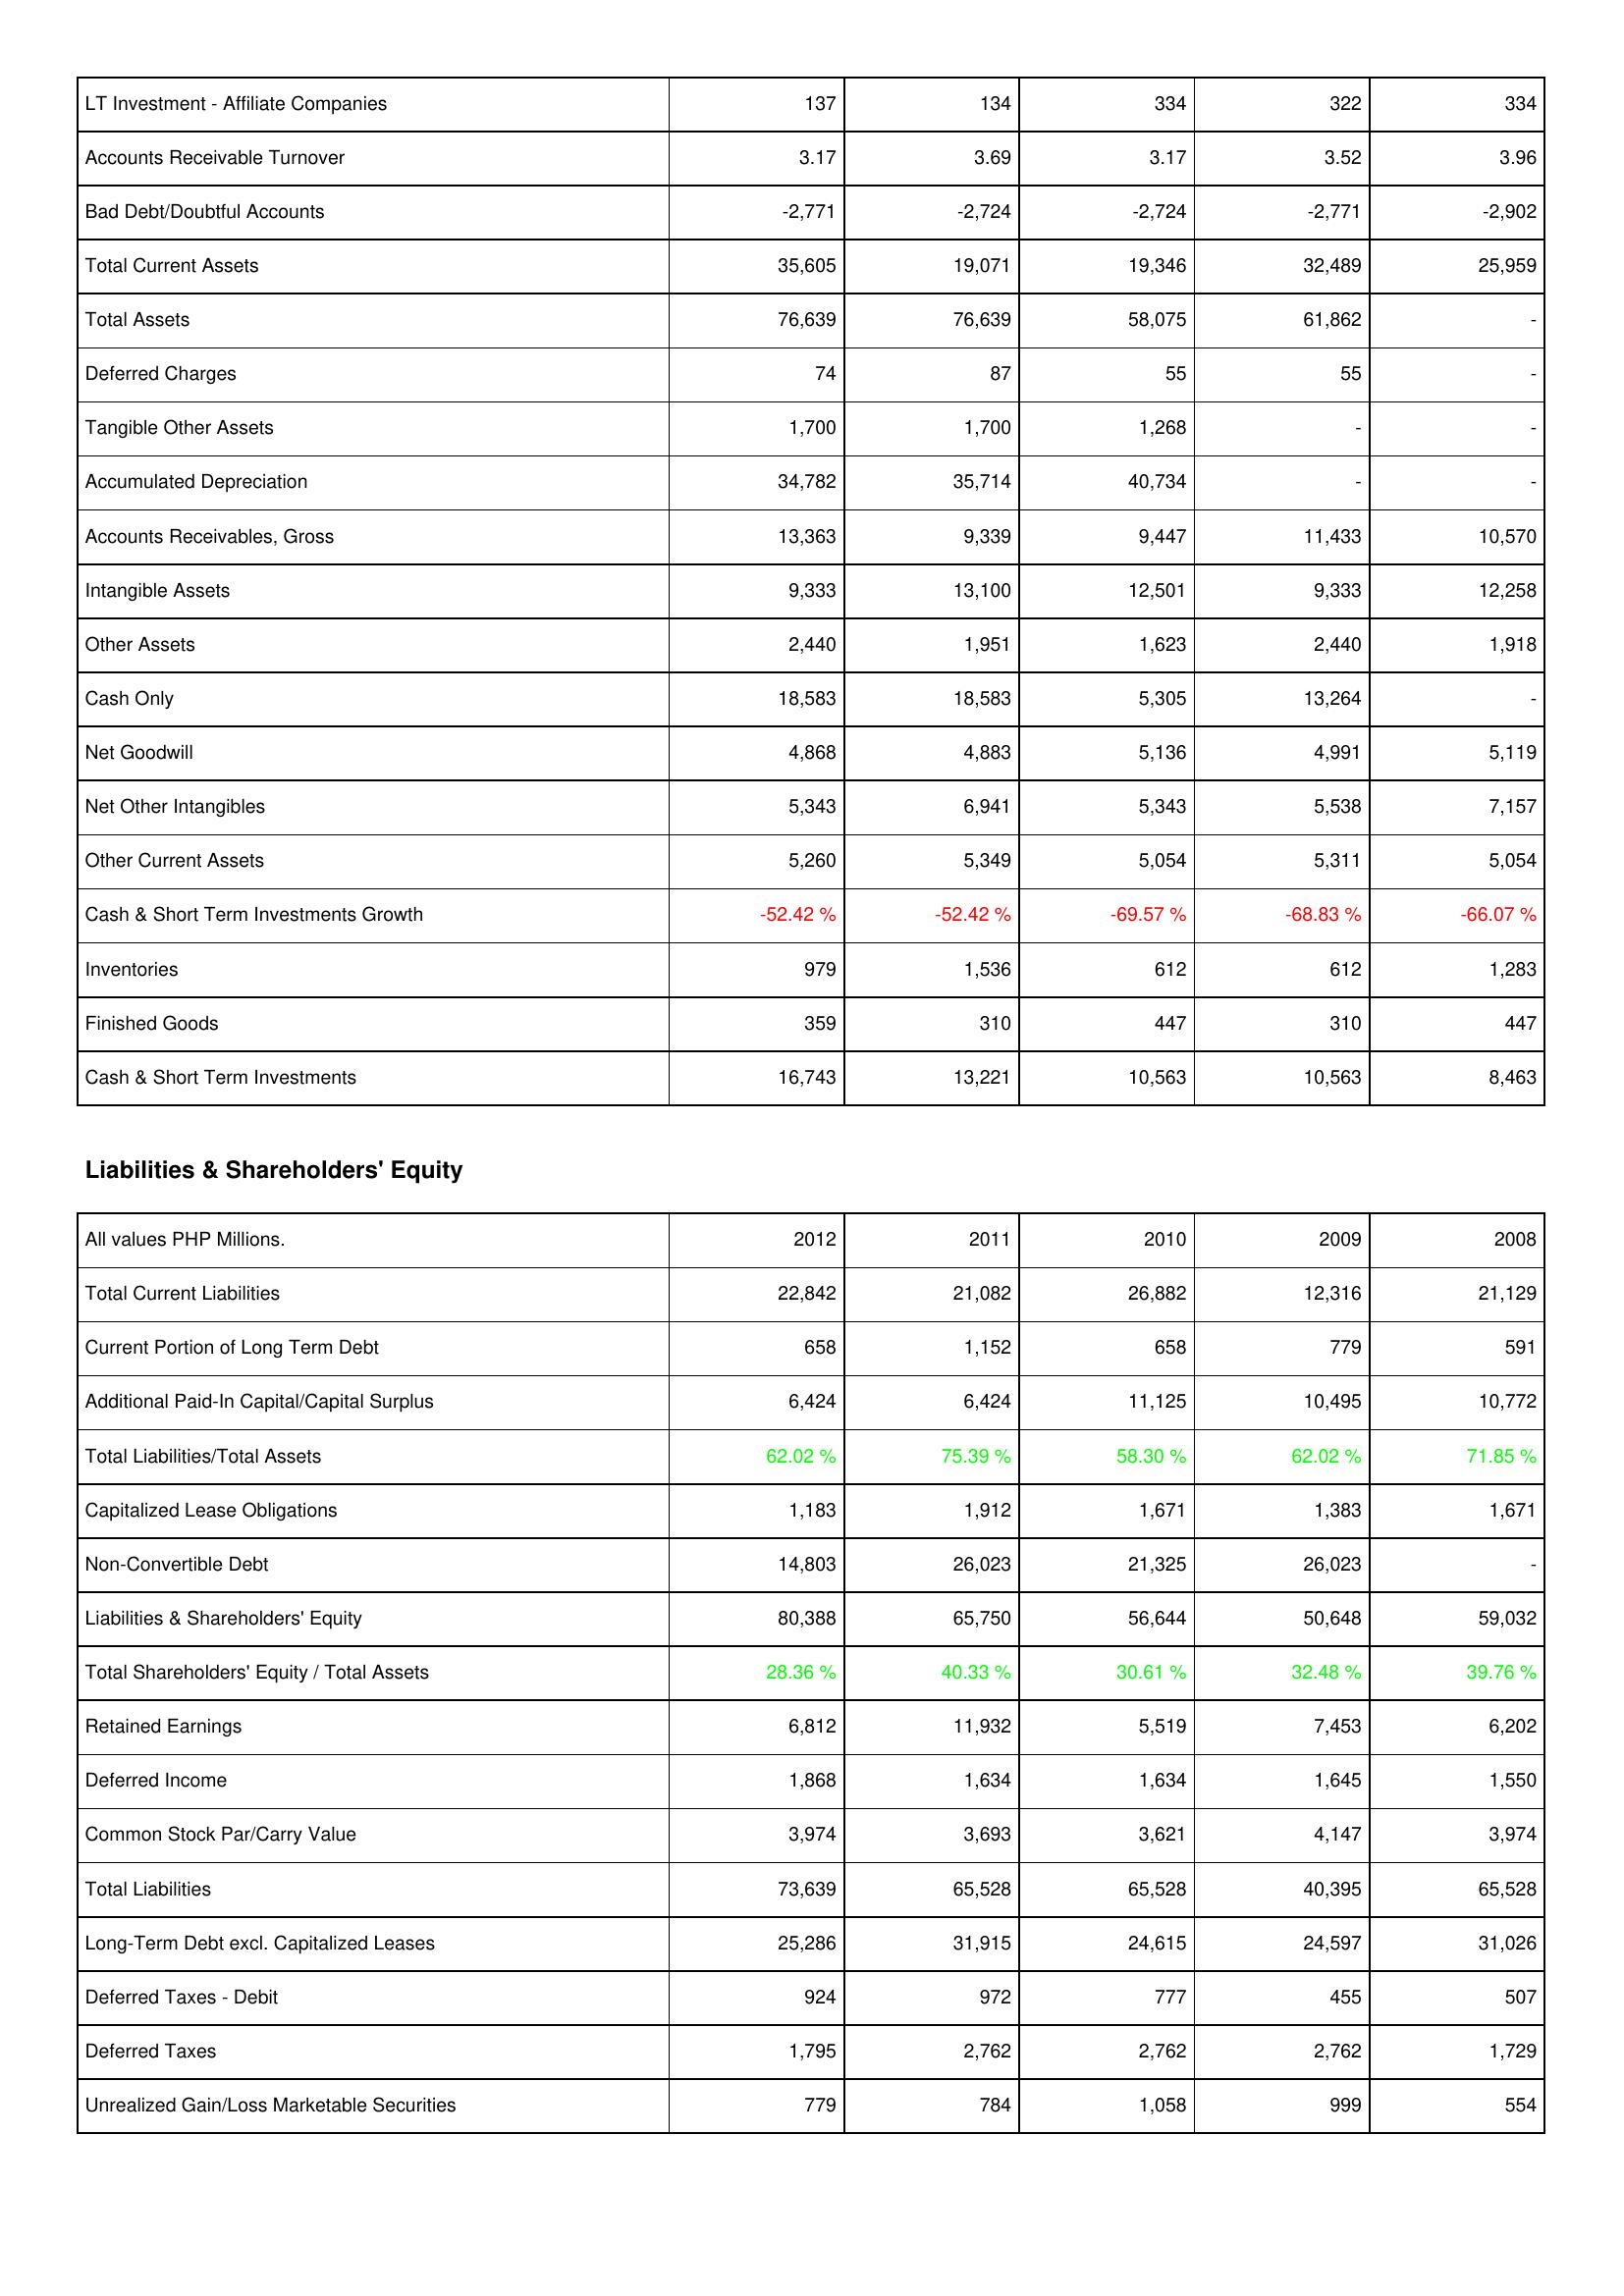
2012: Assets: LT Investment - Affiliate Companies: 137
Accounts Receivable Turnover: 3.17
Bad Debt/Doubtful Accounts: -2,771
Total Current Assets: 35,605
Total Assets: 76,639
Deferred Charges: 74
Tangible Other Assets: 1,700
Accumulated Depreciation: 34,782
Accounts Receivables, Gross: 13,363
Intangible Assets: 9,333
Other Assets: 2,440
Cash Only: 18,583
Net Goodwill: 4,868
Net Other Intangibles: 5,343
Other Current Assets: 5,260
Cash & Short Term Investments Growth: -52.42 %
Inventories: 979
Finished Goods: 359
Cash & Short Term Investments: 16,743
Liabilities & Shareholders' Equity: Total Current Liabilities: 22,842
Current Portion of Long Term Debt: 658
Additional Paid-In Capital/Capital Surplus: 6,424
Total Liabilities/Total Assets: 62.02 %
Capitalized Lease Obligations: 1,183
Non-Convertible Debt: 14,803
Liabilities & Shareholders' Equity: 80,388
Total Shareholders' Equity / Total Assets: 28.36 %
Retained Earnings: 6,812
Deferred Income: 1,868
Common Stock Par/Carry Value: 3,974
Total Liabilities: 73,639
Long-Term Debt excl. Capitalized Leases: 25,286
Deferred Taxes - Debit: 924
Deferred Taxes: 1,795
Unrealized Gain/Loss Marketable Securities: 779
2011: Assets: LT Investment - Affiliate Companies: 134
Accounts Receivable Turnover: 3.69
Bad Debt/Doubtful Accounts: -2,724
Total Current Assets: 19,071
Total Assets: 76,639
Deferred Charges: 87
Tangible Other Assets: 1,700
Accumulated Depreciation: 35,714
Accounts Receivables, Gross: 9,339
Intangible Assets: 13,100
Other Assets: 1,951
Cash Only: 18,583
Net Goodwill: 4,883
Net Other Intangibles: 6,941
Other Current Assets: 5,349
Cash & Short Term Investments Growth: -52.42 %
Inventories: 1,536
Finished Goods: 310
Cash & Short Term Investments: 13,221
Liabilities & Shareholders' Equity: Total Current Liabilities: 21,082
Current Portion of Long Term Debt: 1,152
Additional Paid-In Capital/Capital Surplus: 6,424
Total Liabilities/Total Assets: 75.39 %
Capitalized Lease Obligations: 1,912
Non-Convertible Debt: 26,023
Liabilities & Shareholders' Equity: 65,750
Total Shareholders' Equity / Total Assets: 40.33 %
Retained Earnings: 11,932
Deferred Income: 1,634
Common Stock Par/Carry Value: 3,693
Total Liabilities: 65,528
Long-Term Debt excl. Capitalized Leases: 31,915
Deferred Taxes - Debit: 972
Deferred Taxes: 2,762
Unrealized Gain/Loss Marketable Securities: 784
2010: Assets: LT Investment - Affiliate Companies: 334
Accounts Receivable Turnover: 3.17
Bad Debt/Doubtful Accounts: -2,724
Total Current Assets: 19,346
Total Assets: 58,075
Deferred Charges: 55
Tangible Other Assets: 1,268
Accumulated Depreciation: 40,734
Accounts Receivables, Gross: 9,447
Intangible Assets: 12,501
Other Assets: 1,623
Cash Only: 5,305
Net Goodwill: 5,136
Net Other Intangibles: 5,343
Other Current Assets: 5,054
Cash & Short Term Investments Growth: -69.57 %
Inventories: 612
Finished Goods: 447
Cash & Short Term Investments: 10,563
Liabilities & Shareholders' Equity: Total Current Liabilities: 26,882
Current Portion of Long Term Debt: 658
Additional Paid-In Capital/Capital Surplus: 11,125
Total Liabilities/Total Assets: 58.30 %
Capitalized Lease Obligations: 1,671
Non-Convertible Debt: 21,325
Liabilities & Shareholders' Equity: 56,644
Total Shareholders' Equity / Total Assets: 30.61 %
Retained Earnings: 5,519
Deferred Income: 1,634
Common Stock Par/Carry Value: 3,621
Total Liabilities: 65,528
Long-Term Debt excl. Capitalized Leases: 24,615
Deferred Taxes - Debit: 777
Deferred Taxes: 2,762
Unrealized Gain/Loss Marketable Securities: 1,058
2009: Assets: LT Investment - Affiliate Companies: 322
Accounts Receivable Turnover: 3.52
Bad Debt/Doubtful Accounts: -2,771
Total Current Assets: 32,489
Total Assets: 61,862
Deferred Charges: 55
Tangible Other Assets: -
Accumulated Depreciation: -
Accounts Receivables, Gross: 11,433
Intangible Assets: 9,333
Other Assets: 2,440
Cash Only: 13,264
Net Goodwill: 4,991
Net Other Intangibles: 5,538
Other Current Assets: 5,311
Cash & Short Term Investments Growth: -68.83 %
Inventories: 612
Finished Goods: 310
Cash & Short Term Investments: 10,563
Liabilities & Shareholders' Equity: Total Current Liabilities: 12,316
Current Portion of Long Term Debt: 779
Additional Paid-In Capital/Capital Surplus: 10,495
Total Liabilities/Total Assets: 62.02 %
Capitalized Lease Obligations: 1,383
Non-Convertible Debt: 26,023
Liabilities & Shareholders' Equity: 50,648
Total Shareholders' Equity / Total Assets: 32.48 %
Retained Earnings: 7,453
Deferred Income: 1,645
Common Stock Par/Carry Value: 4,147
Total Liabilities: 40,395
Long-Term Debt excl. Capitalized Leases: 24,597
Deferred Taxes - Debit: 455
Deferred Taxes: 2,762
Unrealized Gain/Loss Marketable Securities: 999
2008: Assets: LT Investment - Affiliate Companies: 334
Accounts Receivable Turnover: 3.96
Bad Debt/Doubtful Accounts: -2,902
Total Current Assets: 25,959
Total Assets: -
Deferred Charges: -
Tangible Other Assets: -
Accumulated Depreciation: -
Accounts Receivables, Gross: 10,570
Intangible Assets: 12,258
Other Assets: 1,918
Cash Only: -
Net Goodwill: 5,119
Net Other Intangibles: 7,157
Other Current Assets: 5,054
Cash & Short Term Investments Growth: -66.07 %
Inventories: 1,283
Finished Goods: 447
Cash & Short Term Investments: 8,463
Liabilities & Shareholders' Equity: Total Current Liabilities: 21,129
Current Portion of Long Term Debt: 591
Additional Paid-In Capital/Capital Surplus: 10,772
Total Liabilities/Total Assets: 71.85 %
Capitalized Lease Obligations: 1,671
Non-Convertible Debt: -
Liabilities & Shareholders' Equity: 59,032
Total Shareholders' Equity / Total Assets: 39.76 %
Retained Earnings: 6,202
Deferred Income: 1,550
Common Stock Par/Carry Value: 3,974
Total Liabilities: 65,528
Long-Term Debt excl. Capitalized Leases: 31,026
Deferred Taxes - Debit: 507
Deferred Taxes: 1,729
Unrealized Gain/Loss Marketable Securities: 554